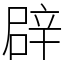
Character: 辟